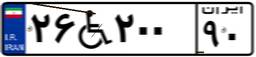
۰۶W۵۲۹۲۷